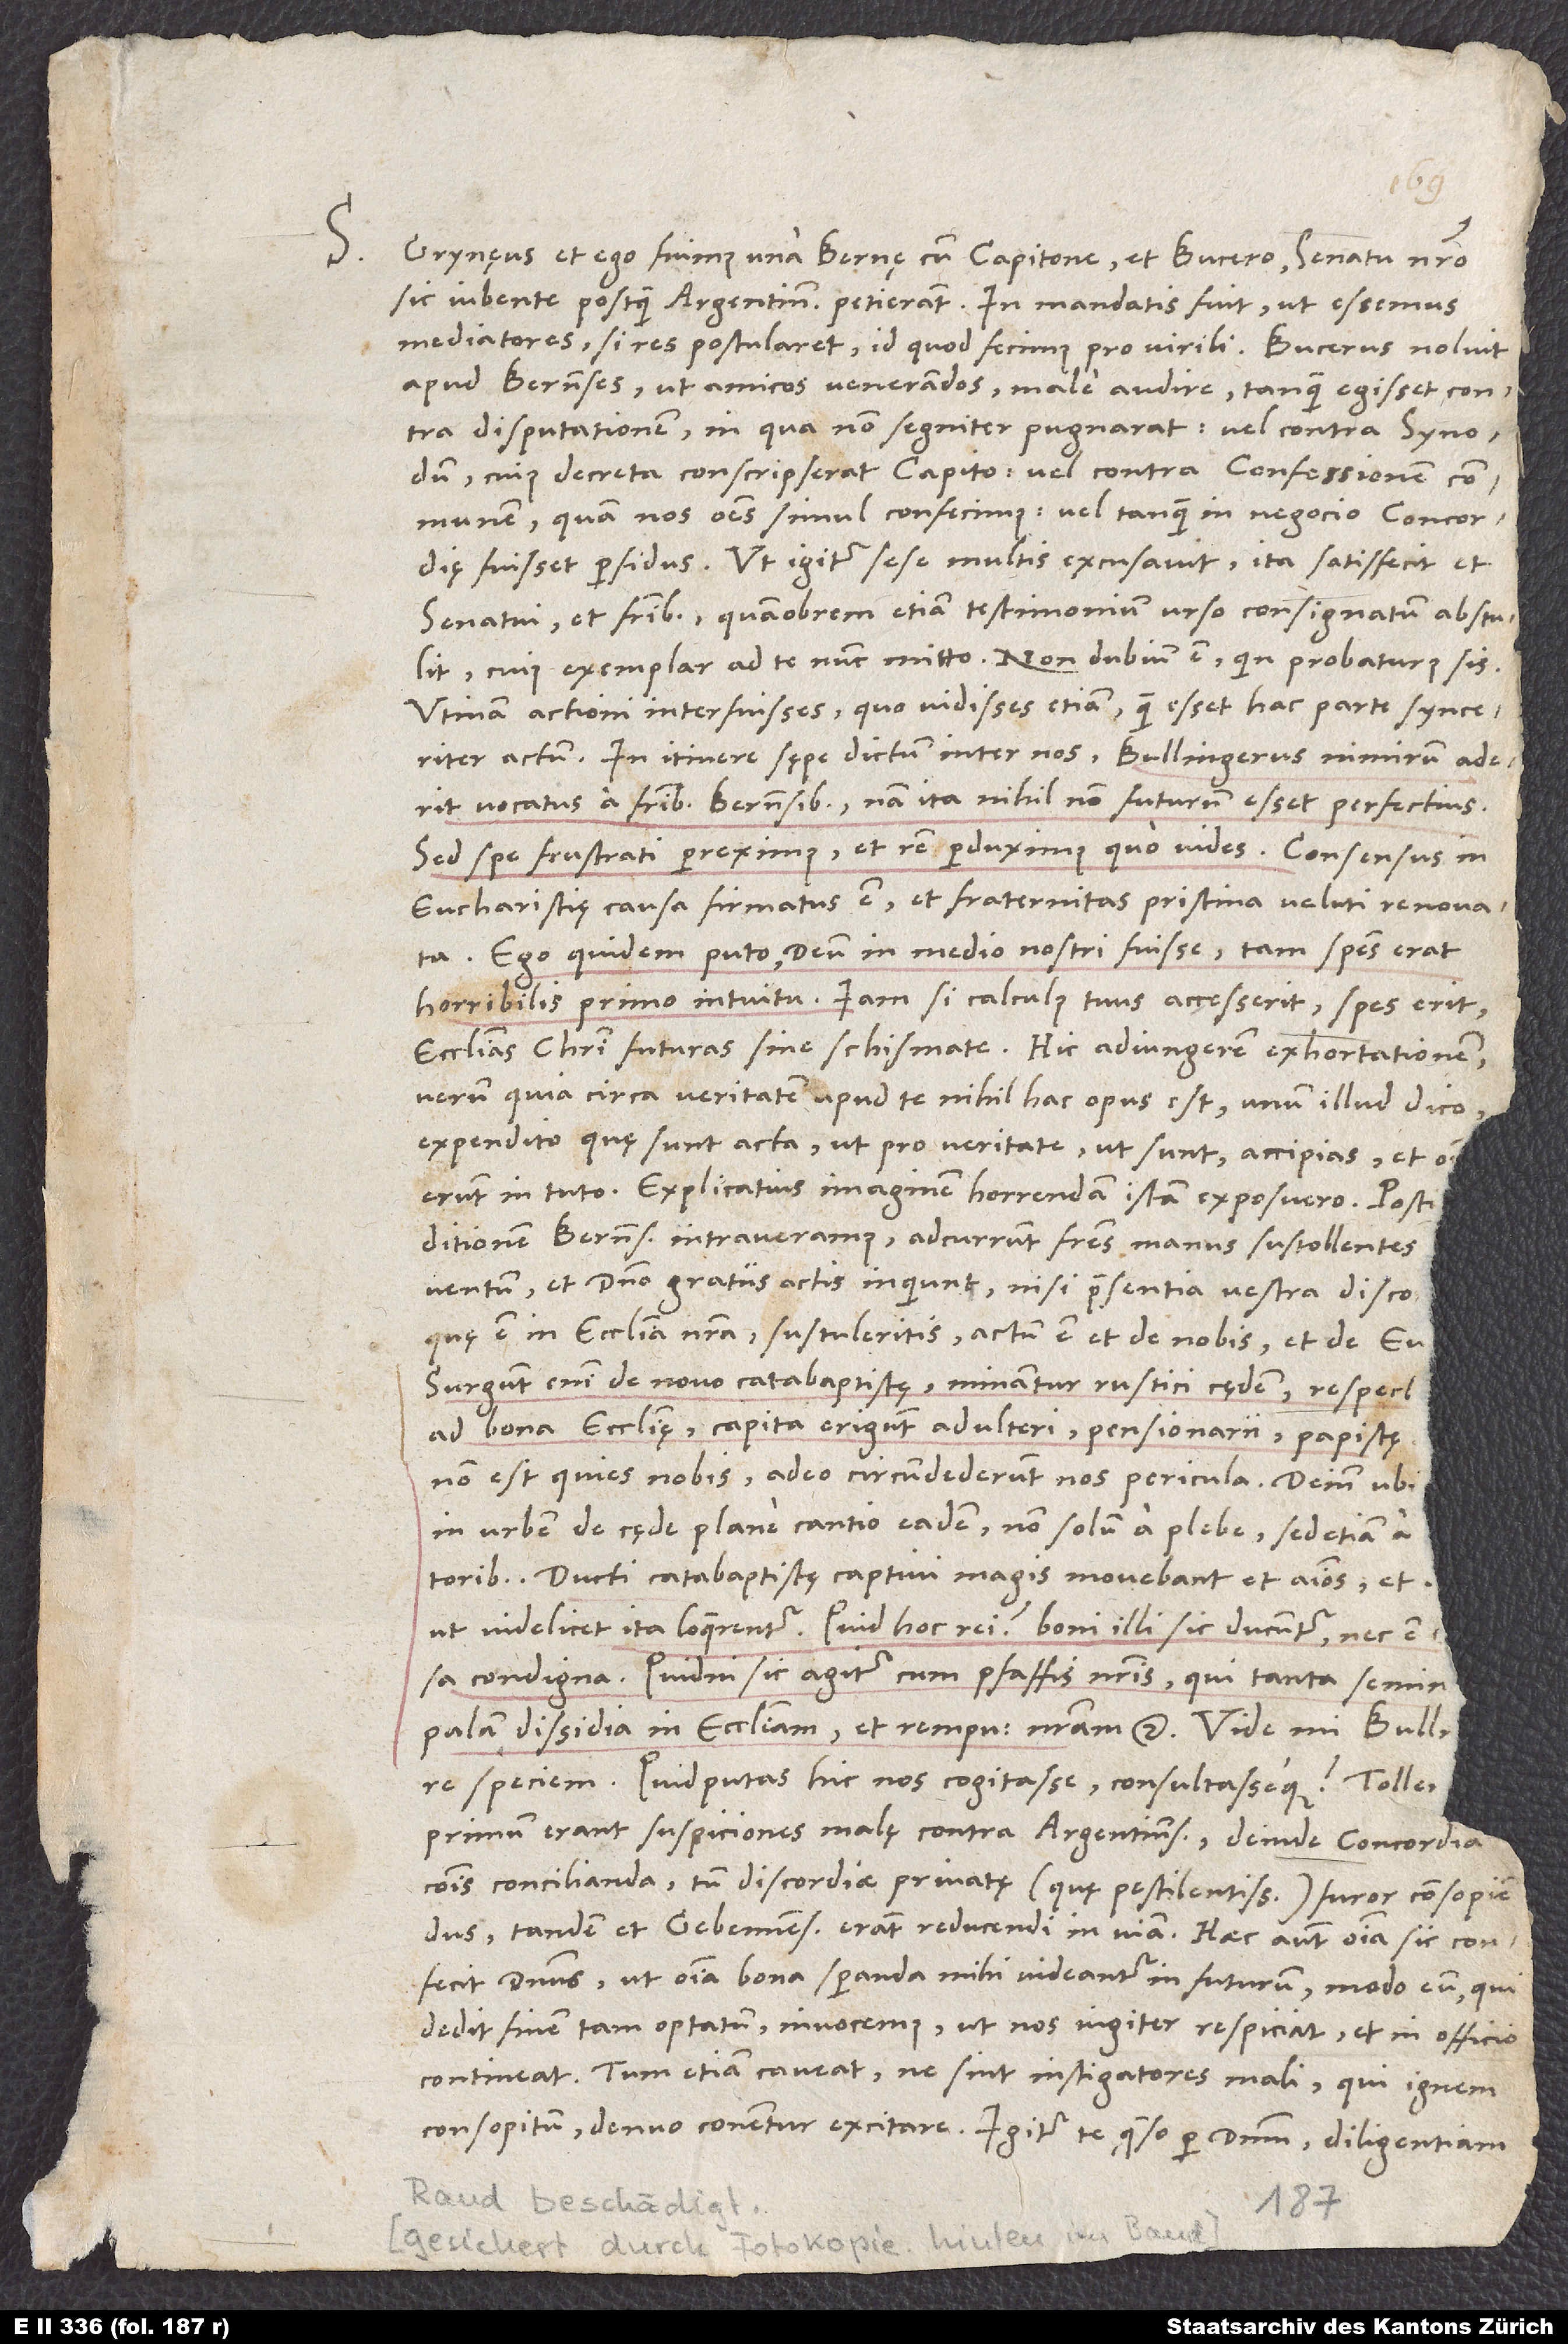
S. Grynęus et ego fuimus una Bernę cum Capitone et Bucero senatu nostro
sic iubente, postquam Argentinenses petierant. In mandatis fuit, ut essemus
mediatores, si res postularet, id quod fecimus pro virili. Bucerus noluit
apud Bernenses ut amicos venerandos male audire, tanquam egisset contra
disputationem, in qua non segniter pugnarat, vel contra synodum,
cuius decreta conscripserat Capito, vel contra confessionem communem,
quam nos omnes simul confecimus, vel tanquam in negocio concordię
fuisset perfidus. Ut igitur sese multis excusavit, ita satisfecit et
senatui et fratribus, quamobrem etiam testimonium urso consignatum abstulit,
cuius exemplar ad te nunc mitto. Non dubium est, quin probaturus sis.
Utinam actioni interfuisses, quo vidisses etiam, quam esset hac parte synceriter
actum! In itinere sępe dictum inter nos: "Bullingerus nimirum aderit
vocatus a fratribus Bernensibus; nam ita nihil non futurum esset perfectius."
Sed spe frustrati perreximus et rem perduximus, quo vides. Consensus in
eucharistiae causa firmatus est et fraternitas pristina veluti renovata.
Ego quidem puto deum in medio nostri fuisse; tam species erat
horribilis primo intuitu. Iam si calculus tuus accesserit, spes erit
ecclesias Christi futuras sine schismate. Hic adiungerem exhortationem;
verum quia circa veritatem apud te nihil hac opus est, unum illud dico:
Expendito, quę sunt acta, ut pro veritate, ut sunt, accipias, et omnia
Explicatius imaginem horrendam istam exposuero: Postquam
ditionem Bernens intraveramus, adcurrunt fratres manus sustollentes
adventum et domino gratiis actis inquiunt: "Nisi praesentia vestra discordiam,
quae est in ecclesia nostra, sustuleritis, actum est et de nobis et de evangelio.
Surgunt enim de novo catabaptistę, minantur rustici cędem, respectant
ad bona ecclesię, capita erigunt adulteri, pensionarii, papistae.
non est quies nobis; adeo circumdederunt nos pericula." Deinde, ubi
in urbem, de cęde plane cantio eadem non solum a plebe, sed etiam a
Ducti catabaptistę captivi magis movebant et animos et
ut videlicet ita loquerentur: "Quid hoc rei? Boni illi sic ducuntur, nec est
condigna. Quidni sic agitur cum pfaffis nostris, qui tanta seminant
palam dissidia in ecclesiam et rempublicam nostram" etc. Vide, mi Bullingere,
speciem. Quid putas hic nos cogitasse consultasseque? Tollendę
primum erant suspiciones malę contra Argentinenses, deinde concordia
communis concilianda, tum discordiae privatę (quę pestilentissima) furor consopiendus;
tandem et Gebennenses erant reducendi in viam. Haec autem omnia sic confecit
dominus, ut omnia bona speranda mihi videantur in futurum, modo eum, qui
dedit finem tam optatum, invocemus, ut nos iugiter respiciat et in officio
contineat. Tum etiam caveat, ne sint instigatores mali, qui ignem
consopiturn denuo conentur excitare. Igitur te quęso per dominum, diligentiam